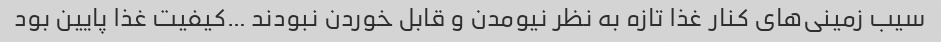
سیب زمینی‌های کنار غذا تازه به نظر نیومدن و قابل خوردن نبودند …کیفیت غذا پایین بود